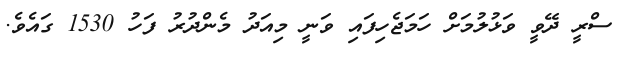
ސްރީ ދޭވީ ވަޅުލުމަށް ހަމަޖެހިފައި ވަނީ މިއަދު މެންދުރު ފަހު 1530 ގައެވެ.